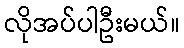
လိုအပ်ပါဦးမယ်။